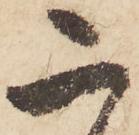
二